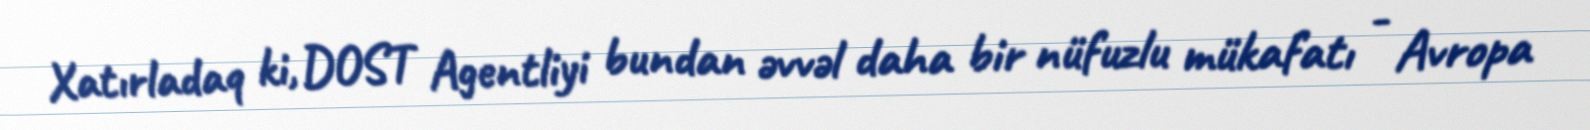
Xatırladaq ki, DOST Agentliyi bundan əvvəl daha bir nüfuzlu mükafatı - Avropa